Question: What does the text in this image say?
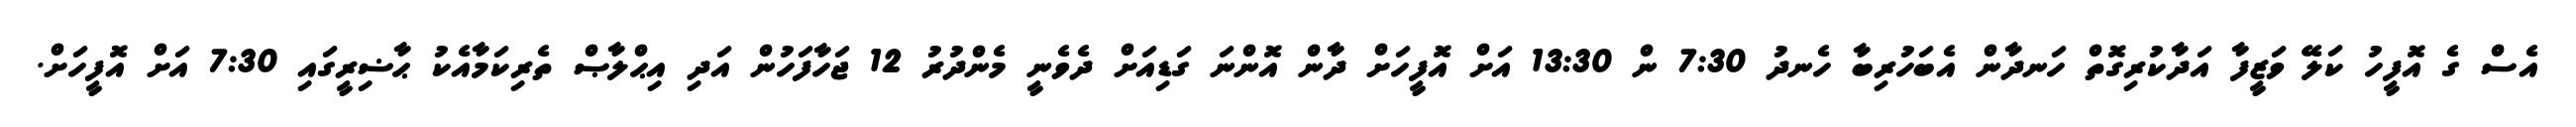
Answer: އެސް ގެ އޮފީހު ކަލޭ ވަޒީފާ އަދާކުރިގޮތް ހަނދާން އެބަހުރިބާ ހެނދު 7:30 ން 13:30 އަށް އޮފީހަށް ދާން އޮންނަ ގަޑިއަށް ދެވެނީ މެންދުރު 12 ޖަހާފަހުން އަދި އިޙްލާޞް ތެރިކަމާއެކު ޙާޟިރީގައި 7:30 އަށް އޮފީހަށް.